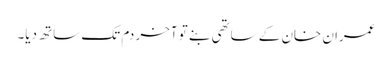
عمران خان کے ساتھی بنے تو آخر دم تک ساتھ دیا۔